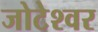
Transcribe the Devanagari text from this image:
जोटेश्‍वर